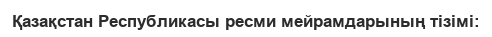
Қазақстан Республикасы ресми мейрамдарының тізімі: